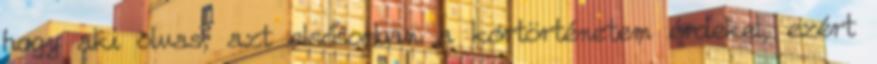
hogy aki olvas, azt elsősorban a kórtörténetem érdekel, ezért